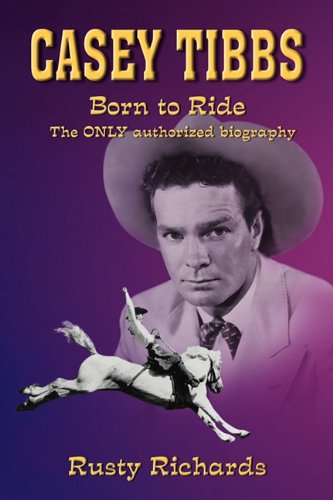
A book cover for Casey Tibbs - Born to Ride; Rusty Richards; Sports & Outdoors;